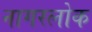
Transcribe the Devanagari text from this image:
नागरलोक